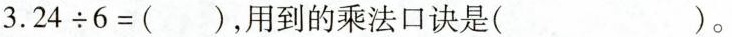
$$3.24/div6=()$$，用到的乘法口诀是()